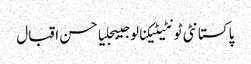
پاکستانٹی ٹونٹیٹیکنالوجیبجلیاحسن اقبال